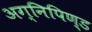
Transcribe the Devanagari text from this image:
अग्निपिण्ड